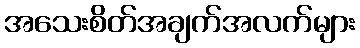
အသေးစိတ်အချက်အလက်များ